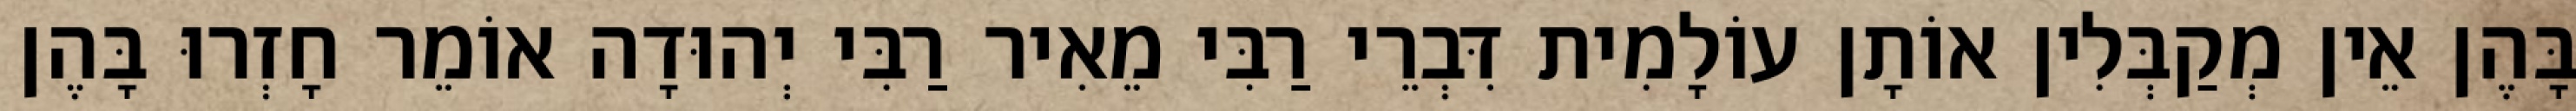
בָּהֶן אֵין מְקַבְּלִין אוֹתָן עוֹלָמִית דִּבְרֵי רַבִּי מֵאִיר רַבִּי יְהוּדָה אוֹמֵר חָזְרוּ בָּהֶן